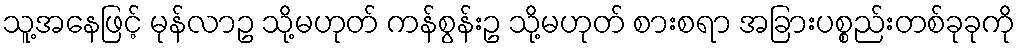
သူ့အနေဖြင့် မုန်လာဥ သို့မဟုတ် ကန်စွန်းဥ သို့မဟုတ် စားစရာ အခြားပစ္စည်းတစ်ခုခုကို